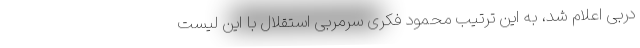
دربی اعلام شد، به این ترتیب محمود فکری سرمربی استقلال با این لیست